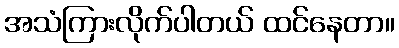
အသံကြားလိုက်ပါတယ် ထင်နေတာ။